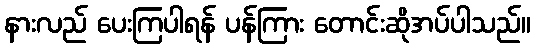
နားလည် ပေးကြပါရန် ပန်ကြား တောင်းဆိုအပ်ပါသည်။